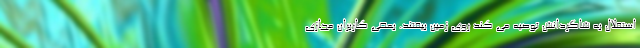
استقلال به شاگردانش توصیه می کند روی زمین بیفتند. بعضی کاربران مجازی